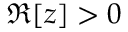
\Re [ z ] > 0